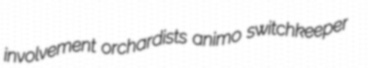
involvement orchardists animo switchkeeper